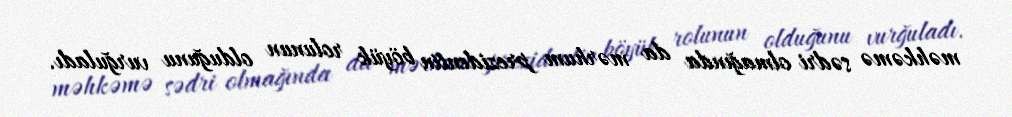
məhkəmə sədri olmağında da mərhum prezidentin böyük rolunun olduğunu vurğuladı.